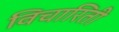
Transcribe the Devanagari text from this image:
विचारिती